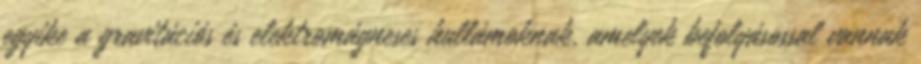
egyike a gravitációs és elektromágneses hullámoknak, amelyek befolyásossal vannak